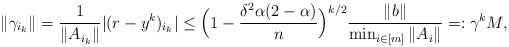
\begin{align*} \|\gamma_{i_{k}}\| = \frac{1}{\|A_{i_{k}}\|} |(r-y^{k})_{i_{k}}|\leq \Big(1-\frac{\delta^{2} \alpha (2 - \alpha)}{n}\Big)^{k/2} \frac{\|b\|}{\min_{i \in [m]} \|A_{i}\|} =: \gamma^{k} M,\end{align*}